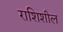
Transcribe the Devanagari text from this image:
राशिशील